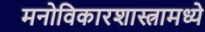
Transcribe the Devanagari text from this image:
मनोविकारशास्त्रामध्ये